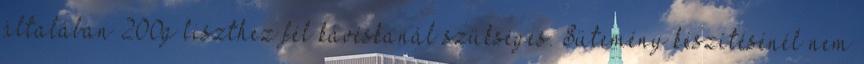
általában 200g liszthez fél kávéskanál szükséges. Sütemény készítésénél nem